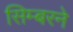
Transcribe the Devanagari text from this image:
सिम्बरने